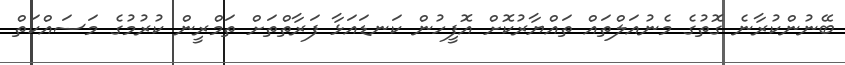
ބޭނުންކުރާނެ ގޮތުގެ މެނުއަލްތައް ތައްޔާރުކޮށް އޮފީހުން ކަނޑައަޅާ ފަރާތްތަށް ތަމްރީން ކުރުމުގެ މަސައްކަތް